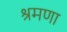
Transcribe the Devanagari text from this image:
श्रमणा